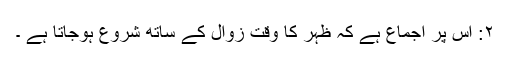
۲: اس پر اجماع ہے کہ ظہر کا وقت زوال کے ساتھ شروع ہوجاتا ہے ۔